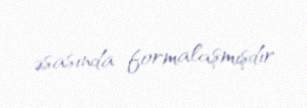
əsasında formalaşmışdır.